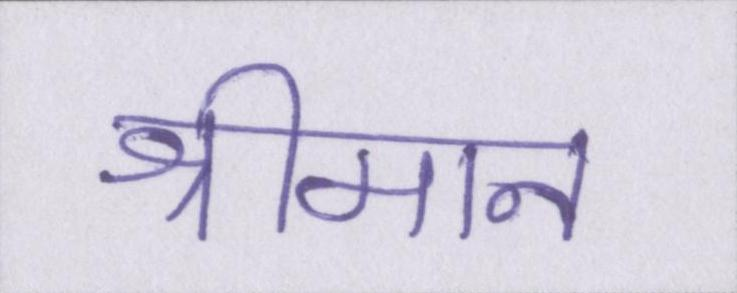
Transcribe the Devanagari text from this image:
श्रीमान